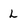
Character: L